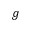
g